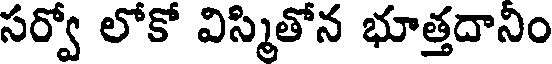
సర్వో లోకో విస్మితోన భూత్తదానిం